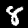
Label: 8